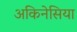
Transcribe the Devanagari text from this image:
अकिनेसिया